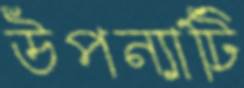
উপন্যাটি